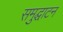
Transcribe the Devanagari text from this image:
समुद्घाटन